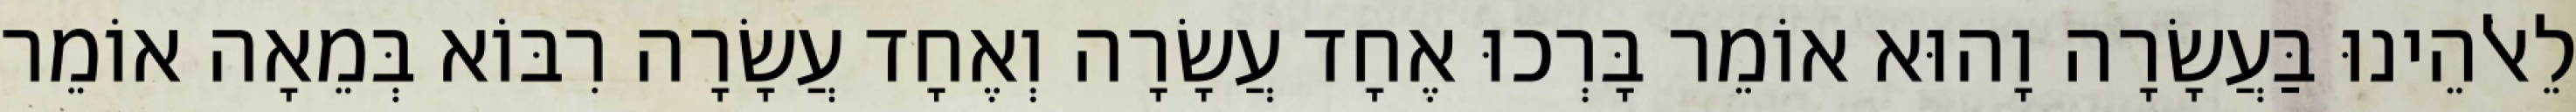
לֵאלֹהֵינוּ בַּעֲשָׂרָה וָהוּא אוֹמֵר בָּרְכוּ אֶחָד עֲשָׂרָה וְאֶחָד עֲשָׂרָה רִבּוֹא בְּמֵאָה אוֹמֵר